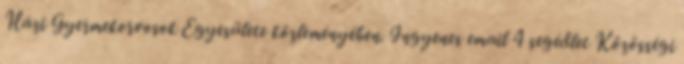
Házi Gyermekorvosok Egyesülete közleményében. Ingyenes email 4 segédlet Közösségi